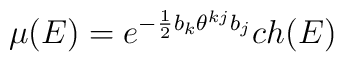
\mu (E) = e^{-\frac{1}{2} b_{k} \theta^{kj} b_{j}} ch(E)